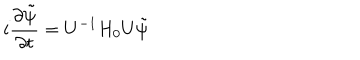
i \frac { \partial \tilde { \psi } } { \partial t } = U ^ { - 1 } H _ { 0 } U \tilde { \psi }